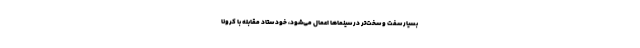
بسیار سفت و سخت‌تر در سینماها اعمال می‌شود، خود ستاد مقابله با کرونا